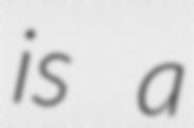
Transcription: is a